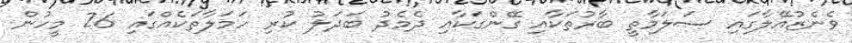
ވެނެޒުއޭލާގައި ސަލަމާތީ ބާރުތަކާއި ގޭންގަކާއި ދެމެދު ބަދަލު ކުރި ހަމަލާތަކެއްގައި 26 މީހުން